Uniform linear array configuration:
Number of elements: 32
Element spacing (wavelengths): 0.25
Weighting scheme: exponential
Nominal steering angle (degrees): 15
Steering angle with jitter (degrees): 14.657
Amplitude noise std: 0.05
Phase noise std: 0.05

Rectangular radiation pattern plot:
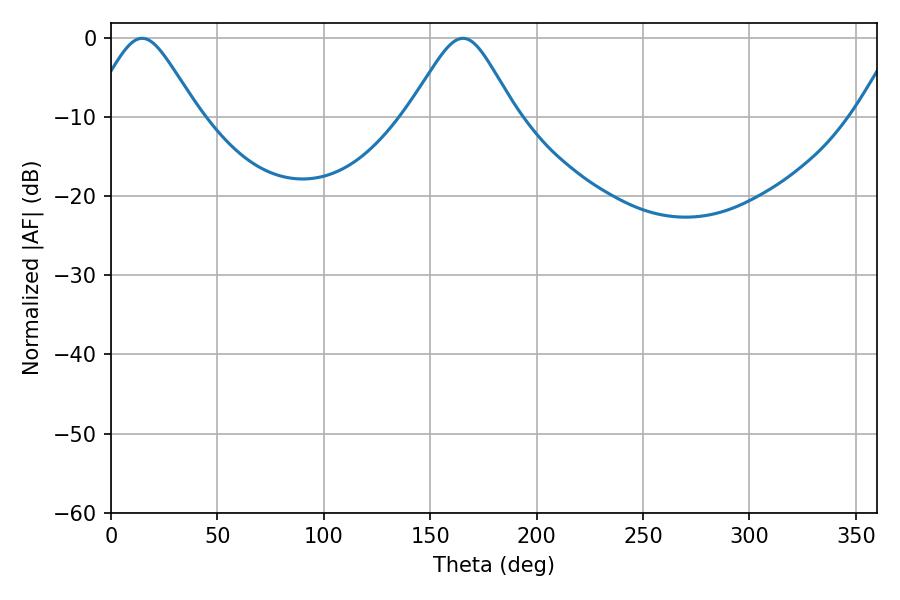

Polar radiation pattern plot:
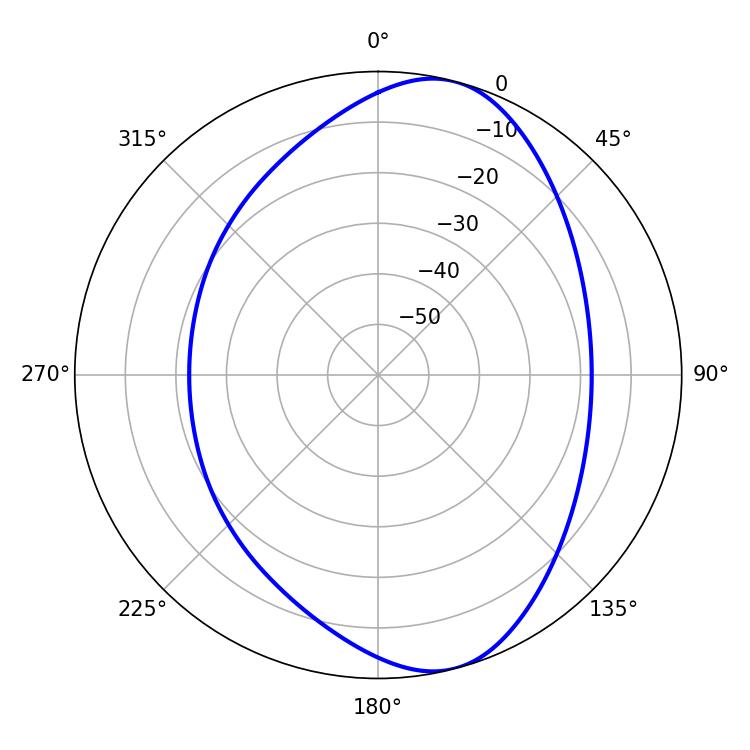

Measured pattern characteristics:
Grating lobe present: FALSE
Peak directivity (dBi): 8.748
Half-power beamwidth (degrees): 24.48
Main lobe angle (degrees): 14.58